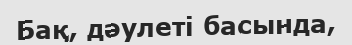
Бақ, дәулеті басында,